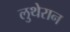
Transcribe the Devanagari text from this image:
लुथेरान